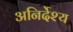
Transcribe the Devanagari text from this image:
अनिर्देश्य